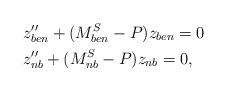
LaTeX: \begin{align*} \begin{aligned} & z''_{ben} +(M^S_{ben}-P) z_{ben}=0 \\ & z''_{nb} + (M^S_{nb}-P) z_{nb}=0,\end{aligned}\end{align*}